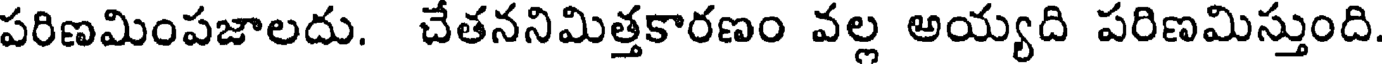
పరిణమింపజాలదు. చేతననిమిత్తకారణం వల్ల అయ్యది పరిణమిస్తుంది